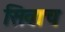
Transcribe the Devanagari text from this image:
सिवाच